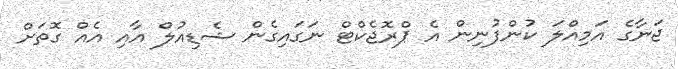
ޖަނާގެ އަމިއްލަ ކުންފުނިން އެ ޕްރޮޖެކްޓް ނަގައިގެން ޝެޑިއުލް އާއި އެއް ގޮތަަށް